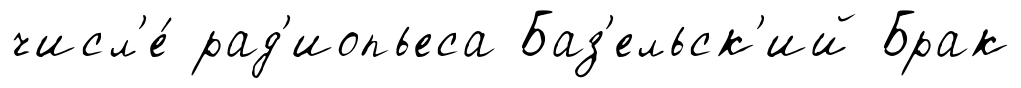
числ'е́ рад'иопьеса Баз'ельск'ий Брак